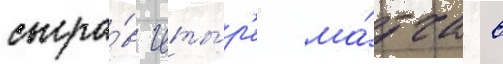
сыгра́в четы́р'е ма́тча в